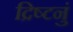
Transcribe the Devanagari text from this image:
द्रिष्टनुं